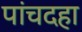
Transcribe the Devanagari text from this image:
पांचदहा